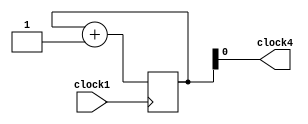
/*

Sub-system clock generator. Intended to clock Signal Tap at a lower
rate than 50 MHz as otherwise stuff seems to break. 



*/

module subclock(
	input clock1,
	output clock4
	);
	
	reg[1:0] count;
	
	always @(posedge clock1) begin
	
		count <= count +1;
	
	end
	
	assign clock4 = count[0];
	
endmodule